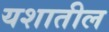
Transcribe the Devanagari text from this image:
यशातील